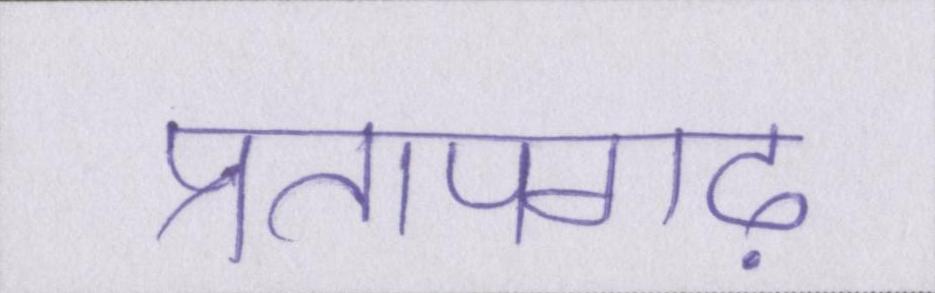
प्रतापगढ़